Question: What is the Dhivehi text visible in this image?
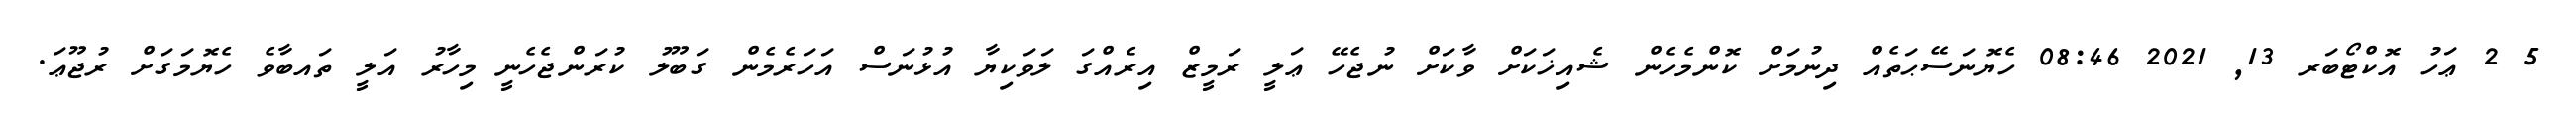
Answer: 5 2 ޢަހު އޮކްޓޯބަރ 13, 2021 08:46 ހެޔޮނަސޭޙަތެއް ދިނުމަށް ކޮންމެހެން ޝެއިޚަކަށް ވާކަށް ނުޖެހޭ ޢަލީ ރަމީޒް އިރެއްގަ ލަވަކިޔާ އުޅުނަސް އަހަރެމެން ގަބޫލު ކުރަންޖެހެނީ މިހާރު އަލީ ތައބާވެ ހެޔޮމަގަށް ރުޖޫޢަ.